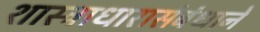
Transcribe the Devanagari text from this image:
शास्त्राधारासंबंधानें